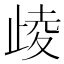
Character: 𣥻